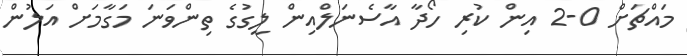
މައްޗަށް 0-2 އިން ކުރި ހޯދާ އާސެނަލްއިން ލީގުގެ ތިންވަނަ މަގާމަށް އަލުން